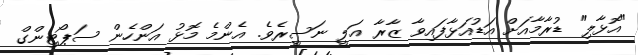
"އޮޅާލި" ޑުރާމާއަށް އަޑުއަޅާފައިވާ ޒާރާ އަލީ ނަސީރެވެ. އެންމެ މޮޅު އަންހެން ސަޕޯޓިންގް